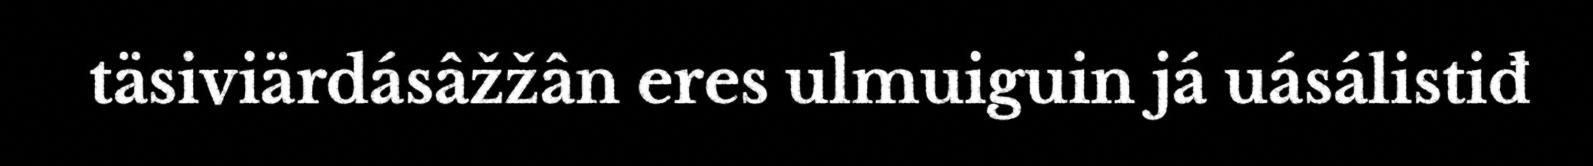
täsiviärdásâžžân eres ulmuiguin já uásálistiđ